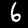
Label: 6